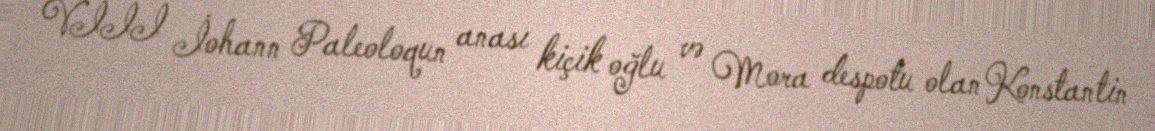
VIII İohann Paleoloqun anası kiçik oğlu və Mora despotu olan Konstantin